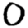
Digit: 0